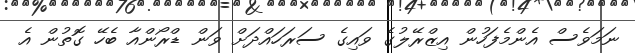
ނަމަވެސް އެންމެފަހުން އިޒްރޭލުގެ ވައިގެ ސަރަހައްދަށް ވަން ޑްރޯންއާ ބެހޭ ގޮތުން އެ